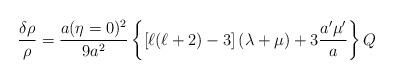
LaTeX: \begin{align*}\frac{\delta\rho}{\rho}=\frac{a(\eta=0)^2}{9a^2}\left\{\left[\ell(\ell+2)-3\right]\left(\lambda+\mu\right) +3\frac{a'\mu'}{a}\right\}Q\end{align*}